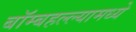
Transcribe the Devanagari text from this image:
बॉम्बहल्ल्यामध्ये